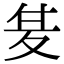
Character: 𭐣